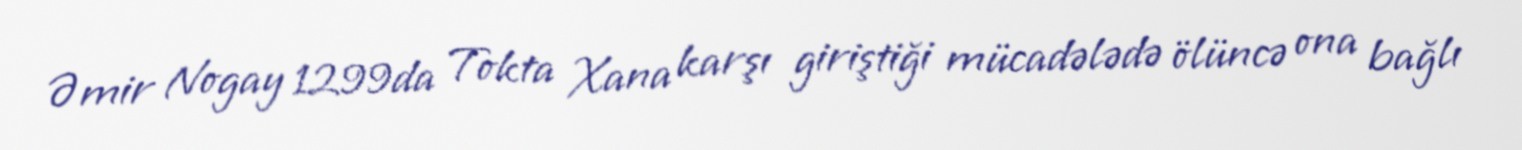
Əmir Nogay 1299da Tokta Xana karşı giriştiği mücadələdə ölüncə ona bağlı